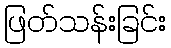
ဖြတ်သန်းခြင်း